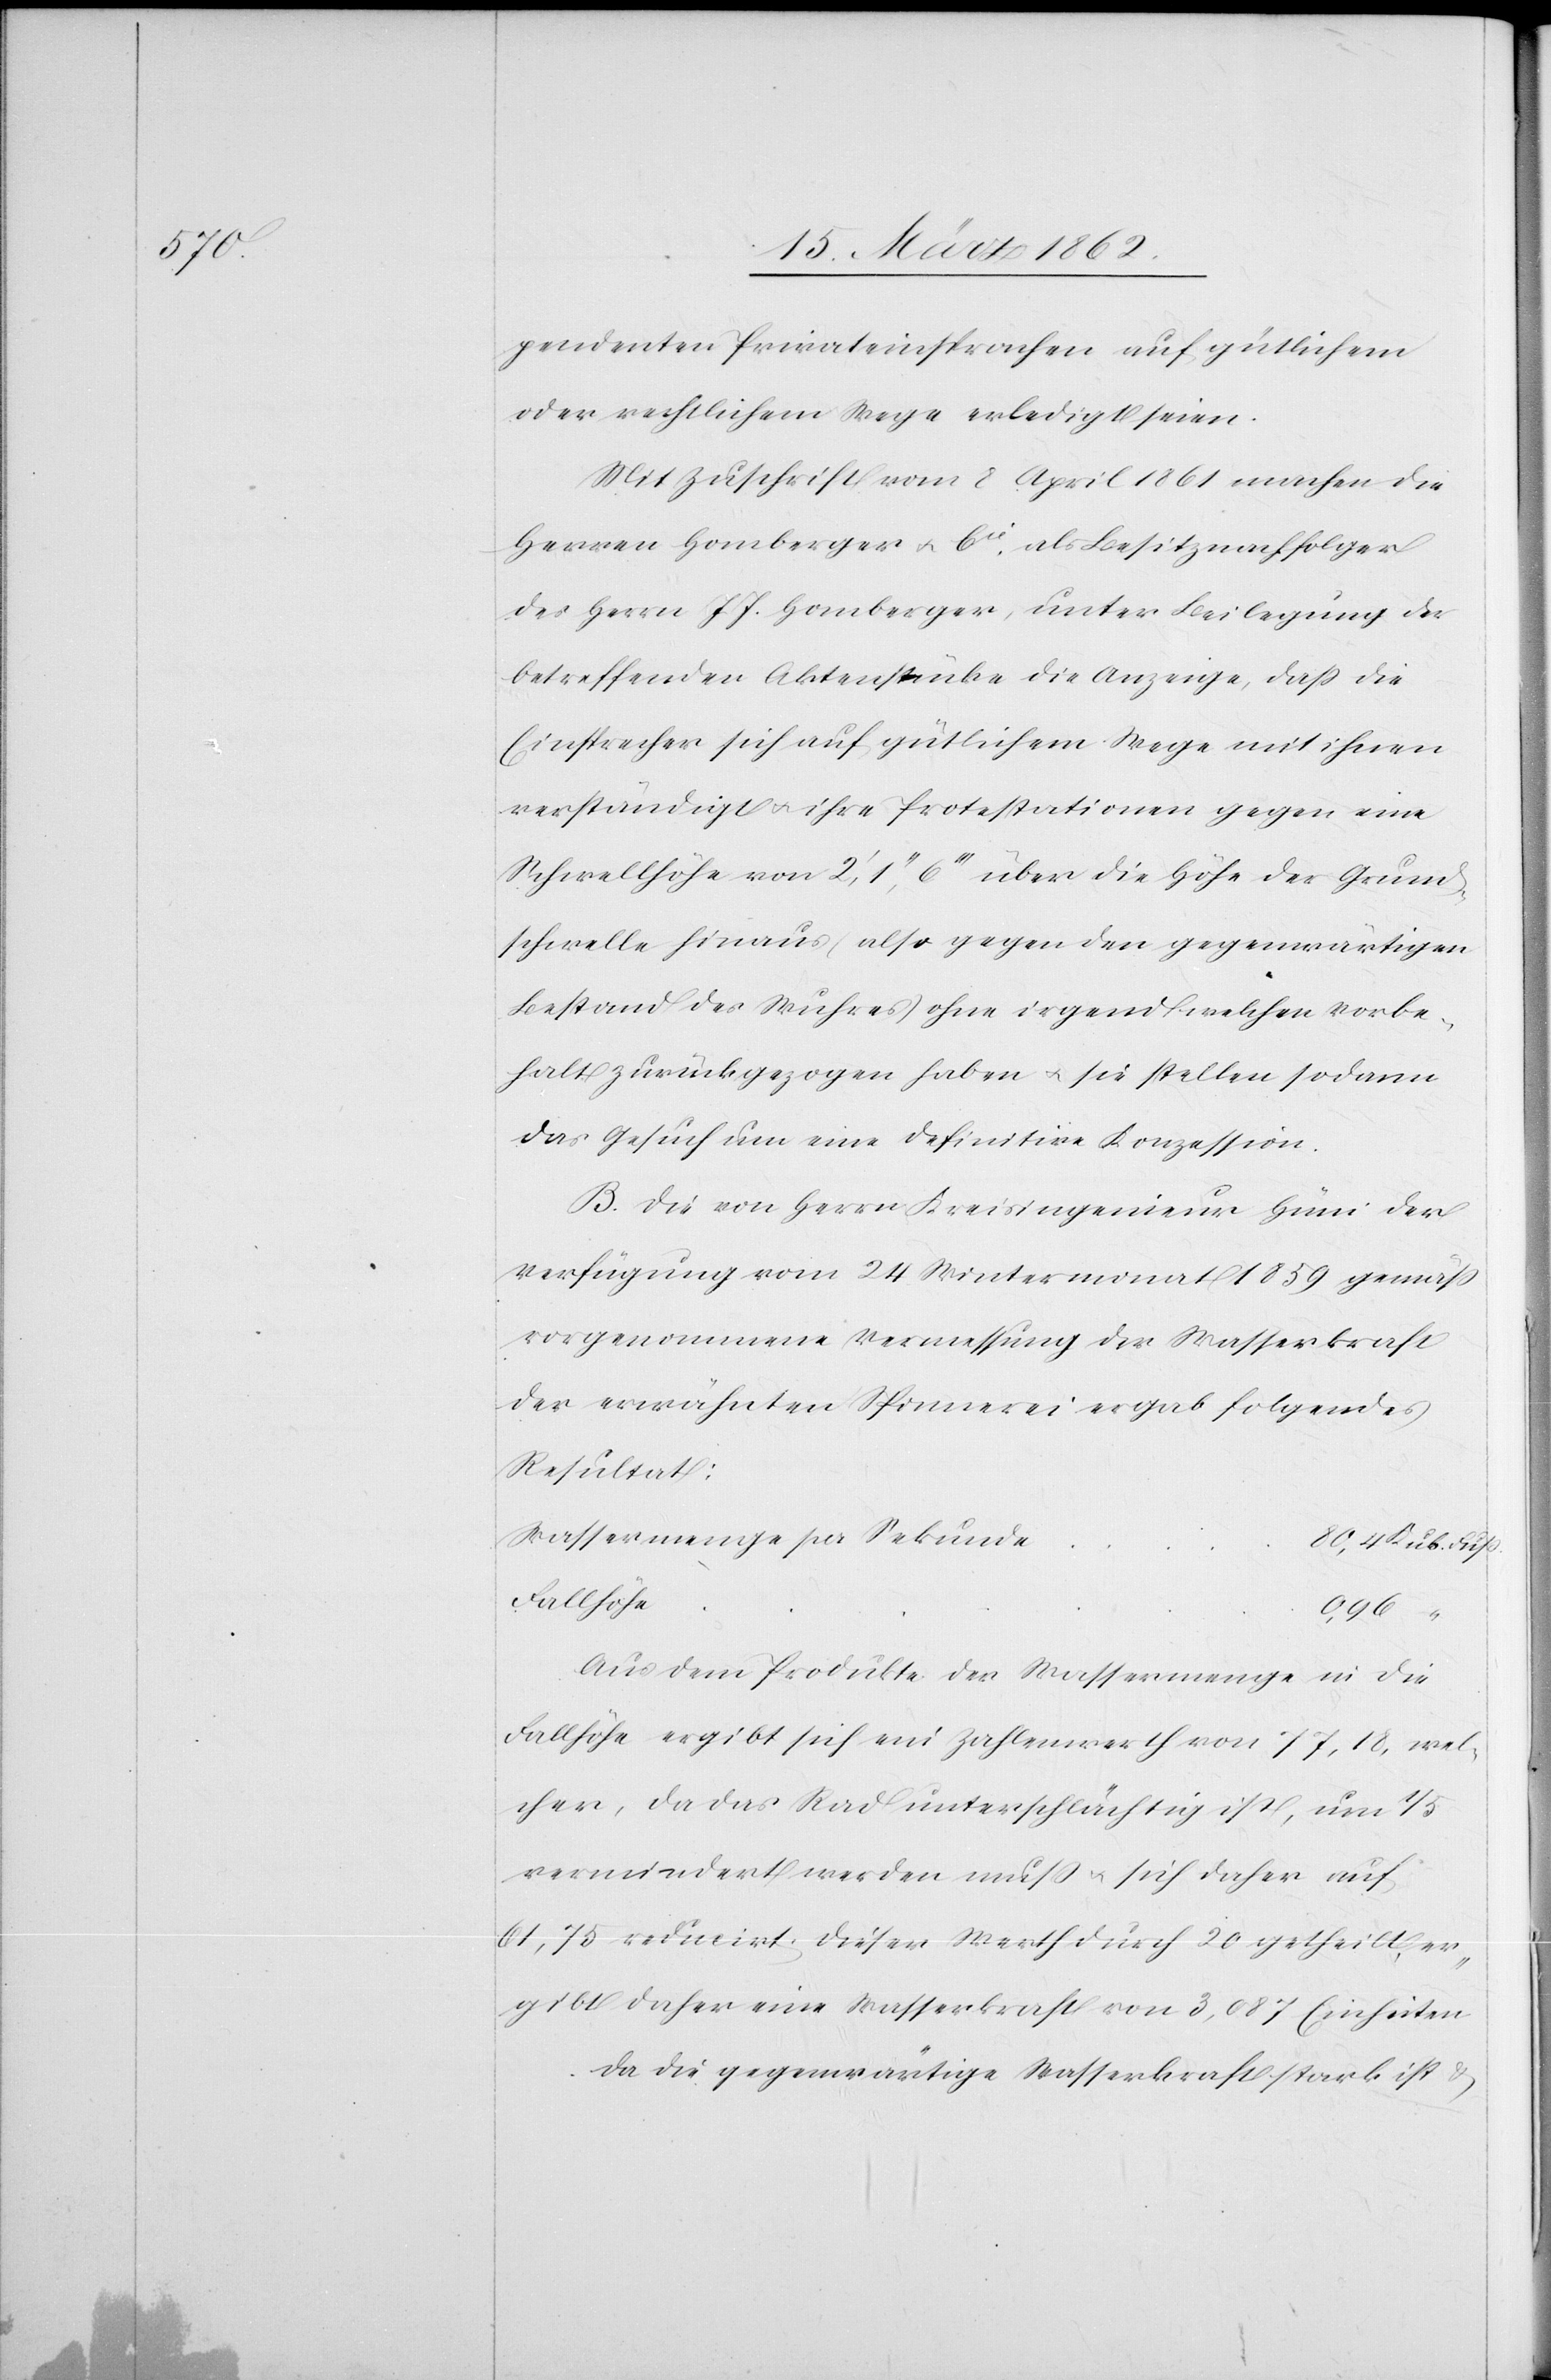
pendenten Privateinsprachen auf gütlichem
oder rechtlichem Wege erledigt seien.
Mit Zuschrift vom 8 April 1861 machen die
Herren Homberger u. Cie, als Besitznachfolger
des Herrn J. J. Homberger, unter Beilegung der
betreffenden Aktenstücke die Anzeige, daß die
Einsprecher sich auf gütlichem Wege mit ihnen
verständigt u. ihre Protestationen gegen eine
Schwellhöhe von 2 ’, 1 ’’, 6 ’’’ über die Höhe der Grund¬
schwelle hinaus (also gegen den gegenwärtigen
Bestand des Wuhres) ohne irgendwelchen Vorbe¬
halt zurückgezogen haben u. sie stellen sodann
das Gesuch um eine definitive Konzession.
B. Die von Herrn Kreisingenieur Hüni der
Verfügung vom 24 Wintermonat 1859 gemäß
vorgenommene Vermessung der Wasserkraft
der erwähnten Spinnerei ergab folgendes
Resultat:
Wassermenge per Sekunde
80,4 Kub. Fuß
Fallhöhe
0,96
Aus dem Produkte der Wassermenge in die
Fallhöhe ergibt sich ein Zahlenwerth von 77,18, wel¬
cher, da das Rad unterschlächtig ist, um 1/5
vermindert werden muß u. sich daher auf
61,75 reducirt. Dieser Werth durch 20 getheilt, er¬
gibt daher eine Wasserkraft von 3,087 Einheiten.
Da die gegenwärtige Wasserkraft stark ist &